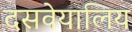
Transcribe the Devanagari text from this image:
दसवेयालिय